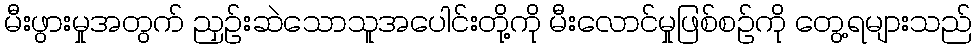
မီးဖွားမှုအတွက် ညှဉ်းဆဲသောသူအပေါင်းတို့ကို မီးလောင်မှုဖြစ်စဉ်ကို တွေ့ရများသည်